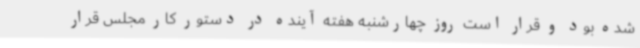
شده بود و قرار است روز چهارشنبه هفته آینده در دستور کار مجلس قرار